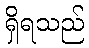
ရှိရသည်